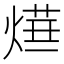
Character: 𤍞